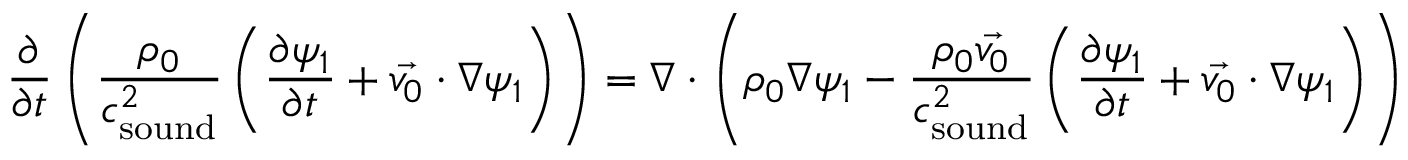
\frac { \partial } { \partial t } \left( \frac { \rho _ { 0 } } { c _ { \mathrm { s o u n d } } ^ { 2 } } \left( \frac { \partial \psi _ { 1 } } { \partial t } + \vec { v _ { 0 } } \cdot \nabla \psi _ { 1 } \right) \right) = \nabla \cdot \left( \rho _ { 0 } \nabla \psi _ { 1 } - \frac { \rho _ { 0 } \vec { v _ { 0 } } } { c _ { \mathrm { s o u n d } } ^ { 2 } } \left( \frac { \partial \psi _ { 1 } } { \partial t } + \vec { v _ { 0 } } \cdot \nabla \psi _ { 1 } \right) \right)